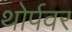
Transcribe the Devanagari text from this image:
थोर्पवर